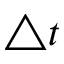
\triangle t